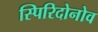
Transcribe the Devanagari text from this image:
स्पिरिदोनोव